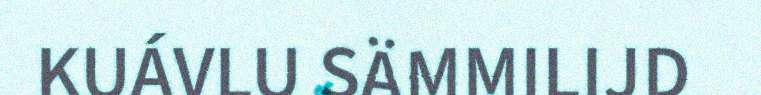
KUÁVLU SÄMMILIJD